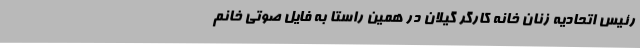
رئیس اتحادیه زنان خانه کارگر گیلان در همین راستا به فایل صوتی خانم